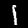
Label: 1